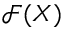
{ \mathcal { F } } ( X )